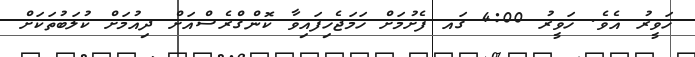
ހަވީރު އެވެ. ހަވީރު 4:00 ގައ ފެށުމަށް ހަމަޖެހިފައިވާ ކޮންގްރެސްއަށް ދިއުމަށް ކުލަބުތަކަށް